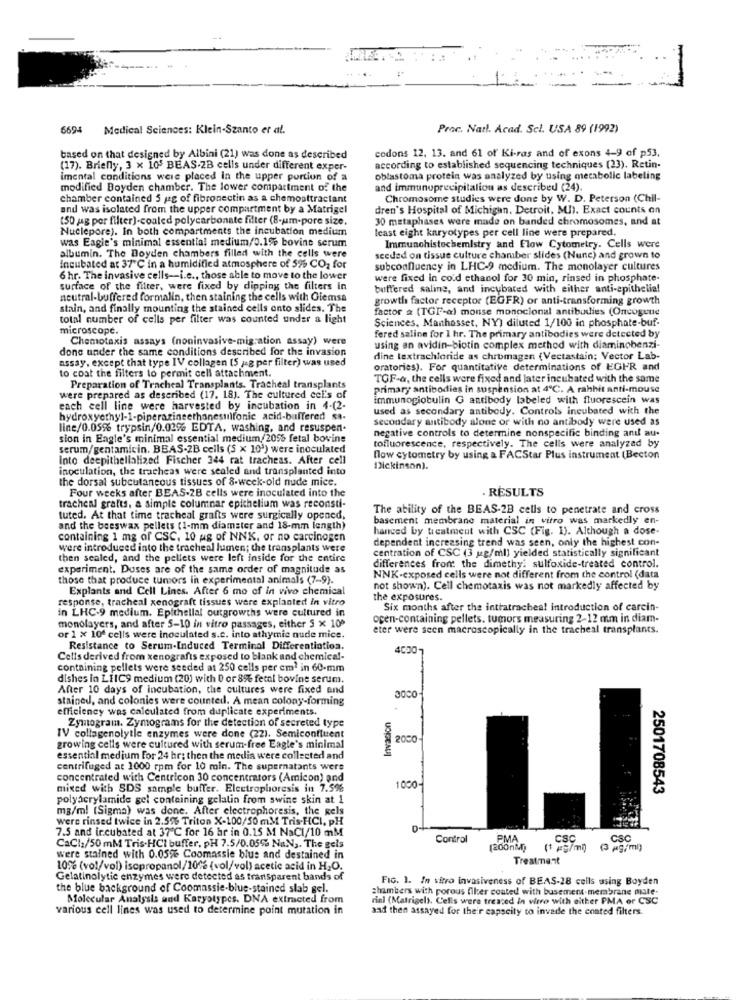
6694
Medical Sciences: Klein-Szanto et al.
Proc. Natl. Acad. Scl. USA 89 (1992)
based on that designed by Albini (21) was done as described
codons 12, 13. and 61 of Ki-ras and of exons 4-9 of p53,
(17). Briefly, 3 x 105 BEAS-2B cells under different exper-
according to established sequencing techniques (23). Retin-
imental conditions were placed In the upper portion of a
oblastoma protein was analyzed by using metabolic labeling
modified Boyden chamber. The lower compartment of the
and immunoprecipitalion as described (24).
chamber contained 5 jag of fibronectin as a chemoattractant
Chromosome studies were done by W. D. Peterson (Chil-
and was isolated from the upper compartment by a Matrigel
dren's Hospital of Michigan, Detroit, MI). Exact counts on
(50 jag per filter)-coaled polycarbonate filter (8-um-pore size,
30 metaphases were made on banded chromosomes, and at
Nuclepore). In both compartments the incubation medium
least eight karyotypes per cell line were prepared.
was Eagle's minimal essential medium/0.1% bovine serum
Immunohistochemistry and Flow Cytometry. Cells were
albumin. The Boyden chambers filled with the cells were
sceded on tissue culture chamber slides (Nunc) and grown to
Incubated at 37'℃ in a humidified atmosphere of 525 CO2 for
subconfluency in LHC-9 medium. The monolayer cultures
6 hr. The invasive cells -- i.e ., those able to move to the lower
were fixed in co'd ethanol for 30 min, rinsed in phosphate-
surface of the filter, were fixed by dipping the filters in
buffered saline, and incubated with either anti-epithelial
neutral-buffered formalin, then staining the cells with Giemsa
growth factor receptor (EGFR) or anti-transforming growth
stain, and finally mounting the stained cells onto slides. The
factor & (TGF-a) monse monoclonal antibodies (Oncogene
total number of cells per filter was counted under a light
Sciences, Manhasset, NY) diluted 1/100 in phosphate-buf-
microscope.
Chemotaxis assays (noninvasive-migration assay) were
fered saline for 1 hr. The primary antibodies were detected by
done under the same conditions described for the invasion
using an avidin-biotin complex method with diaminobenzi-
assay, except that type IV collagen (S jeg per filter) was used
dine textrachloride as chromagen (Vectastain; Vector Lab-
oratories). For quantitative determinations of EGFR and
to coat the filters to permit cell attachment.
TOF-&, the cells were fixed and later incubated with the same
Preparation of Tracheal Transplants. Tracheal transplants
primary antibodies in suspension at 4℃. A rahhit anti-mouse
were prepared as described (17. 18). The cultured cel's of
immunoglobulin G antibody labeled with fluorescein was
each cell line were harvested by incubation in 4-(2-
used as secondary antibody. Controls incubated with the
hydroxyethyl-1-piperazineethonesulfonic acid-buffered sa.
secondary antibody alone or with no antibody were used as
line/0.05% trypsin/0.03% EDTA, washing, and resuspen.
negative controls to determine nonspecific binding and! au-
sion in Engle's minimal essential medium/20% fetal bovine
serum/gentamicin. BEAS-2B cells (S x 103) were inoculated
tofluorescence, respectively. The cells were analyzed by
Into deepithelialized Fischer 344 rat tracheas. After cell
flow cytometry by using a FACStar Plus instrument (Becton
inoculation, the tracheas were sealed and transplanted into
Dickinson).
the dorsal subcutaneous tissues of 8-week-old nude mice.
Four weeks after BEAS-2B cells were inoculated into the
RESULTS
tracheal grafts, a simple columnar epithelium was reconsti-
The ability of the BEAS-2B cells to penetrate and cross
tuted. At that time tracheal grafts were surgically opened,
basement membrane material in vitro was markedly en-
and the beeswax pellets (1-mm diamster and 18-mm length)
hanced by treatment with CSC (Fig. 1). Although a dose-
containing 1 mg of CSC, 10 ug of NNK, or no carcinogen
dependent increasing trend was seen, only the highest con-
were introduced into the tracheal lumen; the transplants were
centration of CSC (3 ug/ml) yielded statistically significant
then sealed, and the pellets were left inside for the entire
experiment. Duses are of the same order of magnitude as
differences front the dimethy: sulfoxide-treated control.
those that produce tumors in experimental animals (7-9).
NNK-exposed cells were not different from the control (data
Explants and Cell Lines. After 6 mo of in vivo chemical
not shown). Cell chemotaxis was not markedly affected by
response, tracheal xenograft tissues were explanted in vitro
the exposures.
in LHC-9 medium. Epithelial outgrowths were cultured in
Six months after the intratrachea! introduction of carcin-
ocen-containing pellets. tumors measuring 2-12 mm in diam-
monolayers, and after 5-10 in vitro passages, either 5 x 100
eter were seen macroscopically in the tracheal transplants.
or 1 x 100 cells were inoculated s.c. into athymie nude mice.
Resistance to Serum-Induced Terminal Differentiation.
4020-
Cells derived from xenografts exposed to blank and chemical-
containing pellets were seeded at 250 cells per cm1 in 60-mm
dishes in LIICS medium (20) with 0 or 8% fetal bovine serum.
After 10 days of incubation, the cultures were fixed and
stained, and colonies were countedl. A mean colony-forming
efficiency was calculated from duplicate experiments.
Invasion
Zymogram. Zymograms for the detection of secreted type
IV collagenolytle enzymes were done (22). Semiconfluent
2000
growing cells were cultured with serum-free Eagle's minimal
essential medium for 24 hr; then the media were collected and
centrifuged at 1000 rpm for 10 min. The supernatants were
concentrated with Centricon 30 concentrators (Amicon) and
mixed with SDS sample buffer. Electrophoresis in 7.5%
1000
2501708543
polyacrylamide gel containing gelatin from swine skin at 1
mg/ml (Sigma) was done. After electrophoresis, the Rels
were rinsed twice in 2.5% Triton X-100/50 m.M Tris.HCI, PH
7.5 and incubated at 37 ℃ for 16 hr in 0.15 M NaCl/10 mM
Control
PMA
CSC
CSC
CaCI2/50 mM Tris.HCI buffer, PH 7.5/0.05% NaNa. The gels
(200nM)
=
were stained with 0.05% Coomassie blus and destained in
Treatment
10% (vol/vol) isopropanol/10% (vol/vol) acetic acid in H,O.
Gelatinolytic enzymes were detected as transparent bands of
FIG. 1. In vitro invasiveness of BEAS-28 cells using Boyden
the blue background of Coomassie-blue-stained slab gel.
chambers with porous filter coated with busement-membrane mate-
Molecular Analysis and Karyotypes. DNA extracted from
rini (Matrigel). Cells were treated in where with either PMA or CSC
various cell lines was used to determine point mutation in
aad then assayed for their capscity to invade the conted filters.